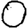
Digit: 0